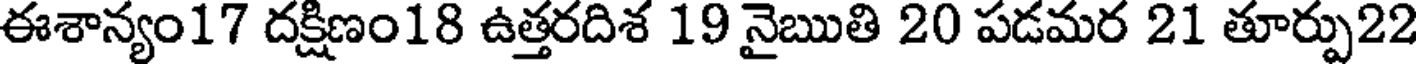
ఈశాన్యం17 దక్షిణం18 ఉత్తరదిశ 19 నైఋతి 20 పడమర 21 తూర్పు22